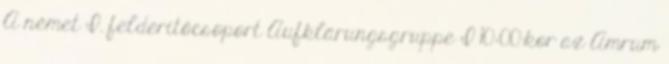
A német I. felderítőcsoport Aufklärungsgruppe I 10:00-kor az Amrum